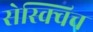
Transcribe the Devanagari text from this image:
सेस्क्विच